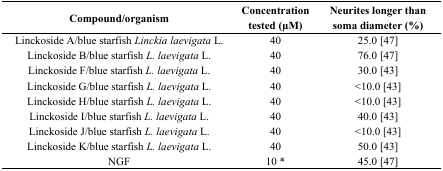
<table><thead><tr><td><b>Compound/organism</b></td><td><b>Concentration tested (μM)</b></td><td><b>Neurites longer than soma diameter (%)</b></td></tr></thead><tbody><tr><td>Linckoside A/blue starfish <i>Linckia laevigata</i> L.</td><td>40</td><td>25.0 [47]</td></tr><tr><td>Linckoside B/blue starfish <i>L. laevigata</i> L.</td><td>40</td><td>76.0 [47]</td></tr><tr><td>Linckoside F/blue starfish <i>L. laevigata</i> L.</td><td>40</td><td>30.0 [43]</td></tr><tr><td>Linckoside G/blue starfish <i>L. laevigata</i> L.</td><td>40</td><td>&lt;10.0 [43]</td></tr><tr><td>Linckoside H/blue starfish <i>L. laevigata</i> L.</td><td>40</td><td>&lt;10.0 [43]</td></tr><tr><td>Linckoside I/blue starfish <i>L. laevigata</i> L.</td><td>40</td><td>40.0 [43]</td></tr><tr><td>Linckoside J/blue starfish <i>L. laevigata</i> L.</td><td>40</td><td>&lt;10.0 [43]</td></tr><tr><td>Linckoside K/blue starfish <i>L. laevigata</i> L.</td><td>40</td><td>50.0 [43]</td></tr><tr><td>NGF</td><td>10 *</td><td>45.0 [47]</td></tr></tbody></table>